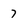
Character: 7